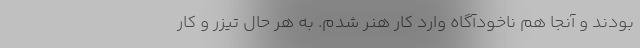
بودند و آنجا هم ناخودآگاه وارد کار هنر شدم. به هر حال تیزر و کار